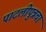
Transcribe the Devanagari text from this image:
पाटलीपुत्रचा